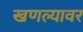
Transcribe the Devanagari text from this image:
खणल्यावर